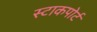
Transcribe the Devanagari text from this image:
स्टाकपोर्ट